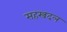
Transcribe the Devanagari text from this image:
सहस्त्रदल